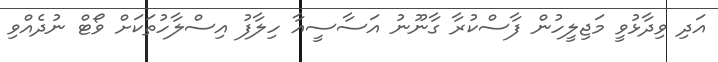
އަދި ވިދާޅުވީ މަޖިލީހުން ފާސްކުރާ ގާނޫނު އަސާސީއާ ހިލާފު އިސްލާހުތަކަށް ވޯޓް ނުދެއްވި